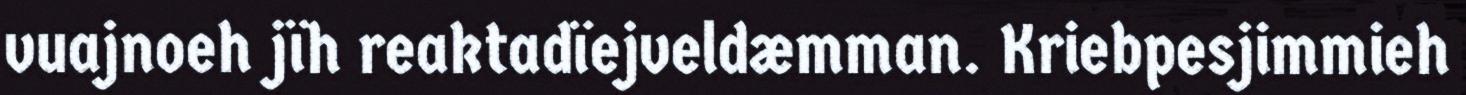
vuajnoeh jïh reaktadïejveldæmman. Kriebpesjimmieh